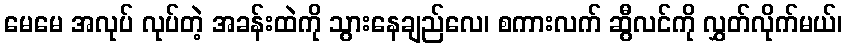
မေမေ အလုပ် လုပ်တဲ့ အခန်းထဲကို သွားနေချည်လေ၊ စကားလက် ဆွီလင်ကို လွှတ်လိုက်မယ်၊